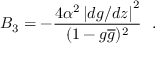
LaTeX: B _ { 3 } = - \frac { 4 \alpha ^ { 2 } \left| d g / d z \right| ^ { 2 } } { ( 1 - g \overline { { { g } } } ) ^ { 2 } } ~ ~ .